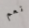
نعم